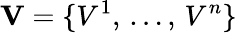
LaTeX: \mathbf{V}=\{ V^{1},\, \ldots,\, V^{n}\}